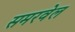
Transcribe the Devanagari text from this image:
समरवेल